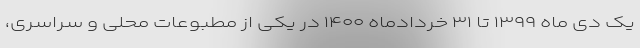
یک دی ماه ۱۳۹۹ تا ۳۱ خردادماه ۱۴۰۰ در یکی از مطبوعات محلی و سراسری،